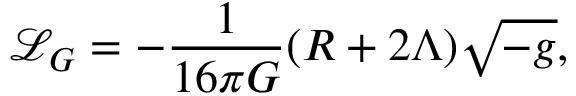
{ \mathcal { L } } _ { G } = - { \frac { 1 } { 1 6 \pi G } } ( R + 2 \Lambda ) { \sqrt { - g } } ,